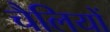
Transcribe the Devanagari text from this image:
चैलियों